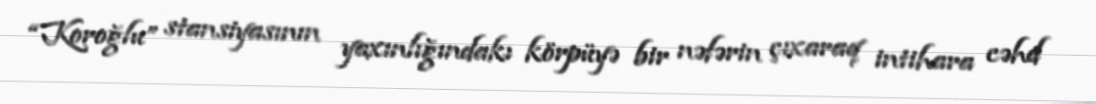
“Koroğlu” stansiyasının yaxınlığındakı körpüyə bir nəfərin çıxaraq intihara cəhd